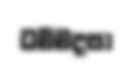
ධම්මදසා